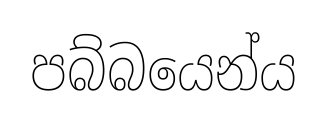
පබ්බයෙන්ය